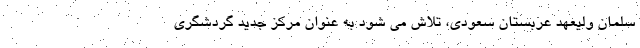
سلمان ولیعهد عربستان سعودی، تلاش می شود به عنوان مرکز جدید گردشگری